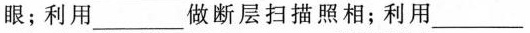
眼；利用___做断层扫描照相；利用___